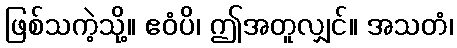
ဖြစ်သကဲ့သို့။ ဧဝံပိ၊ ဤအတူလျှင်။ အသတံ၊